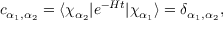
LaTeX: c _ { \alpha _ { 1 } , \alpha _ { 2 } } = \langle \chi _ { \alpha _ { 2 } } \vert e ^ { - H t } \vert \chi _ { \alpha _ { 1 } } \rangle = \delta _ { \alpha _ { 1 } , \alpha _ { 2 } } ,